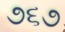
૭૬૭